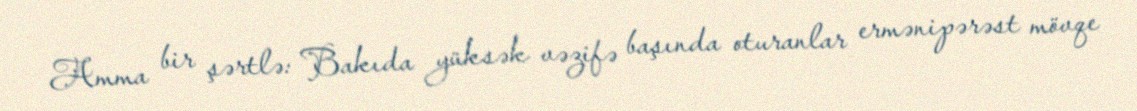
Amma bir şərtlə: Bakıda yüksək vəzifə başında oturanlar ermənipərəst mövqe